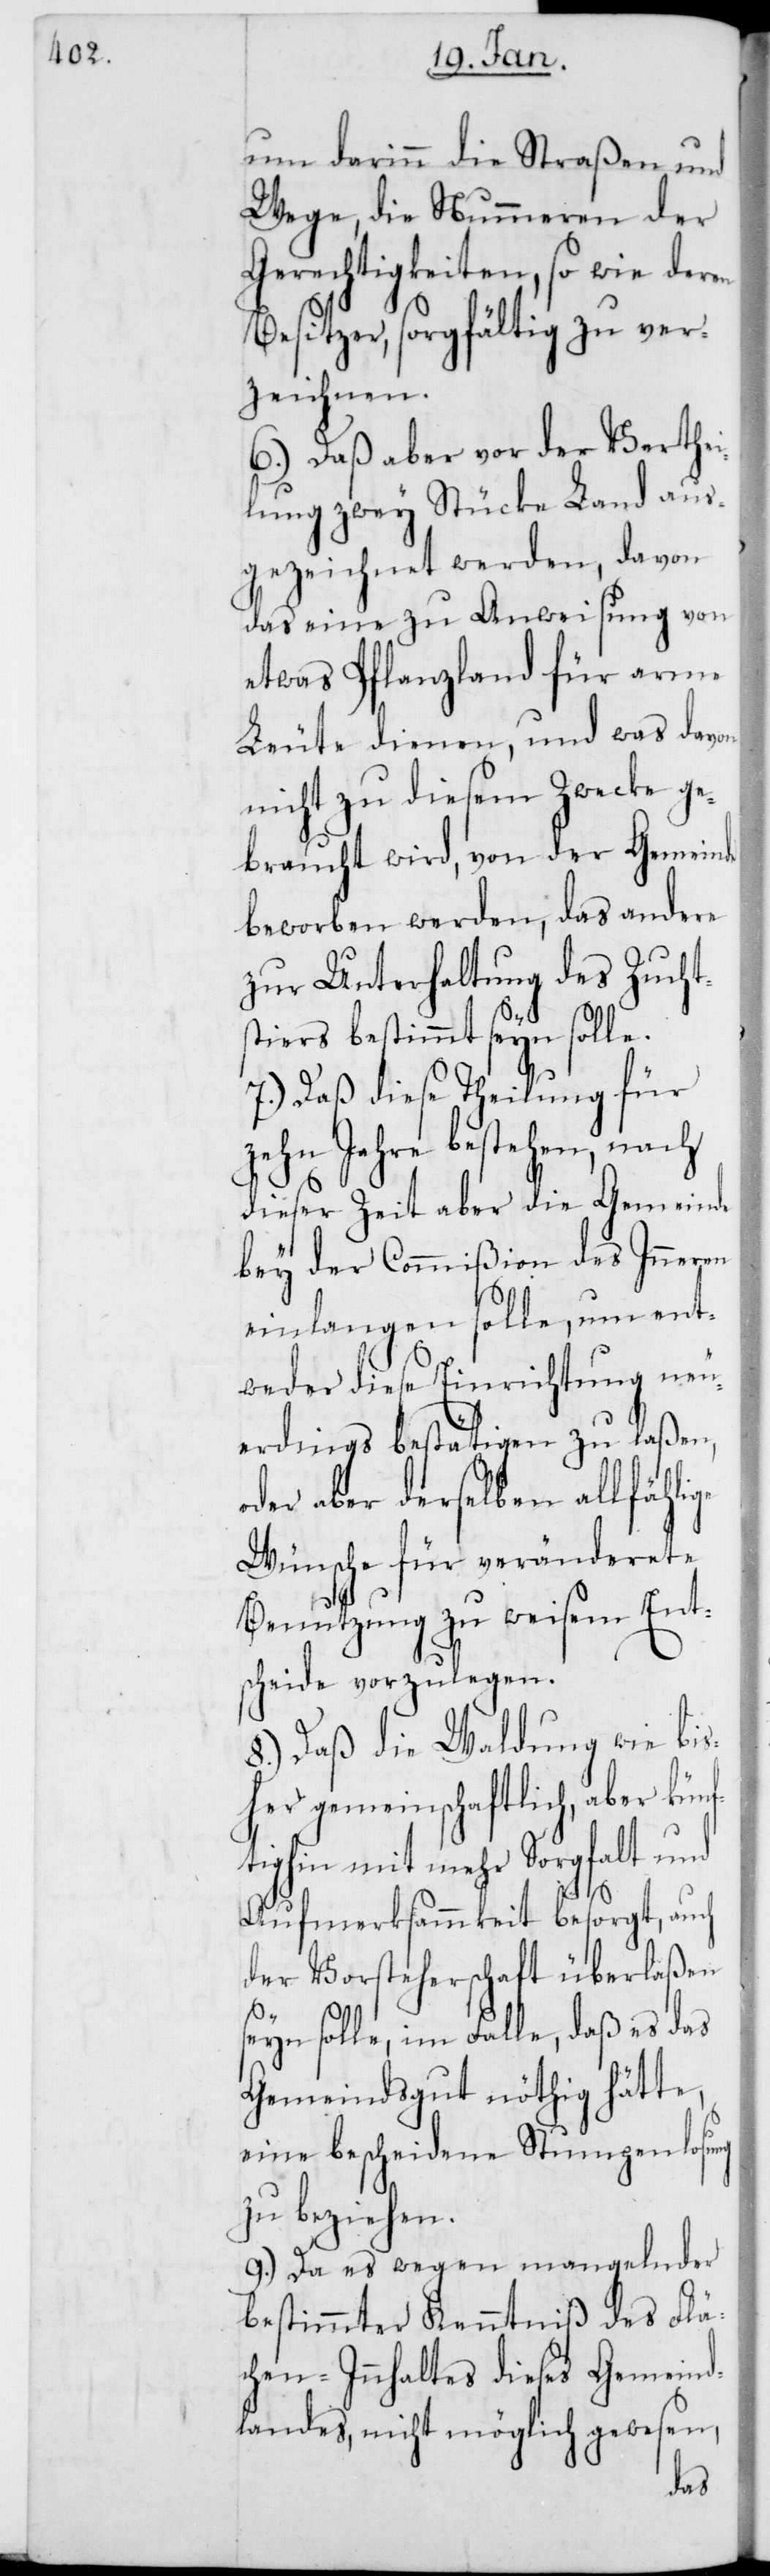
um darinn die Straßen und
Wege, die Nummeren der
Gerechtigkeiten, so wie deren
Besitzer, sorgfältig zu ver¬
zeichnen.
6.) Daß aber vor der Verthei¬
lung zwey Stücke Land aus¬
gezeichnet werden, davon
das eine zu Anweisung von
etwas Pflanzland für arme
Leute dienen, und was davon
nicht zu diesem Zwecke ge¬
braucht wird, von der Gemeinde
beworben werden, das andere
zur Unterhaltung des Zucht¬
stiers bestimmt seyn solle.
7.) Daß diese Theilung für
zehn Jahre bestehen, nach
dieser Zeit aber die Gemeinde
bey der Commißion des Inneren
einlangen solle, um ent¬
weder diese Einrichtung neu¬
erdings bestätigen zu laßen,
oder aber derselben allfählige
Wünsche für veränderete
Benutzung zu weisem Ent¬
scheide vorzulegen.
8.) Daß die Waldung wie bis¬
her gemeinschaftlich, aber kün¬
ftighin mit mehr Sorgfalt und
Aufmerksammkeit besorgt, auch
der Vorsteherschaft überlaßen
seyn solle, im Falle, daß es das
Gemeindsgut nöthig hätte,
eine bescheidene Stumpenlosung
zu beziehen.
9.) Da es wegen mangelnder
bestimmter Kenntniß des Flä¬
chen-Innhaltes dieses Gemeind¬
landes, nicht möglich gewesen,